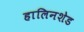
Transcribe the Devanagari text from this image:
हालिनशेड